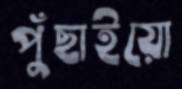
পুঁছাইয়ো